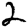
Digit: 2